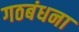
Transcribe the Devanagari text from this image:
गठबंधना